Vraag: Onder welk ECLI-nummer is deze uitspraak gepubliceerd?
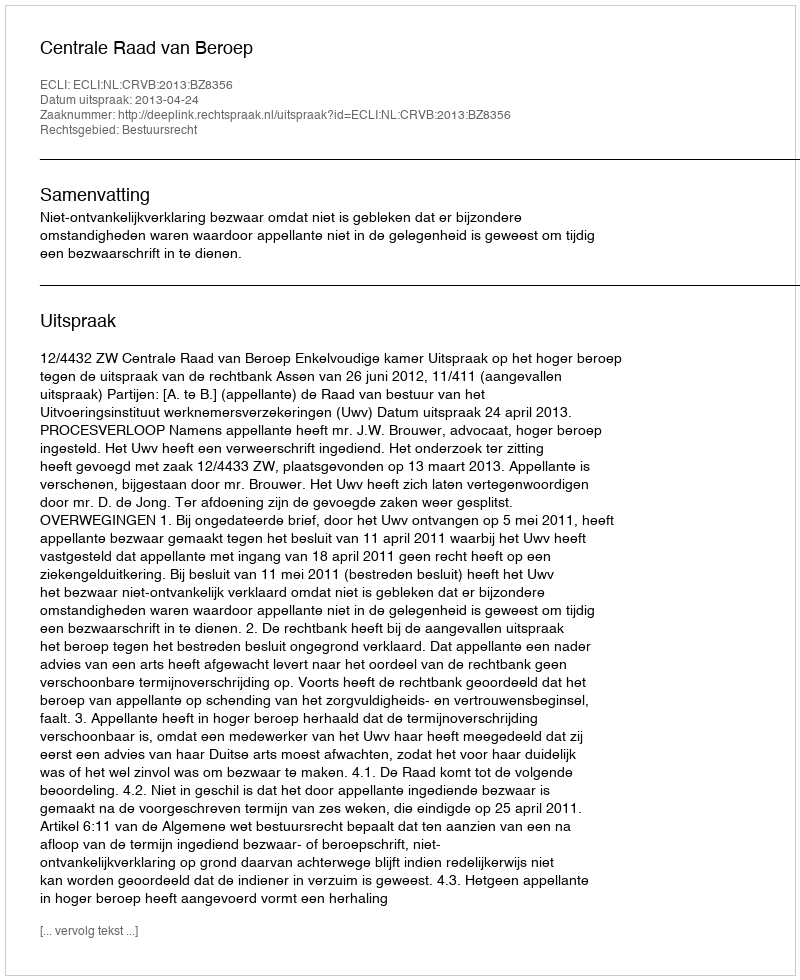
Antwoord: ECLI:NL:CRVB:2013:BZ8356